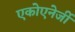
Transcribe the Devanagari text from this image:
एकोएनेर्जी